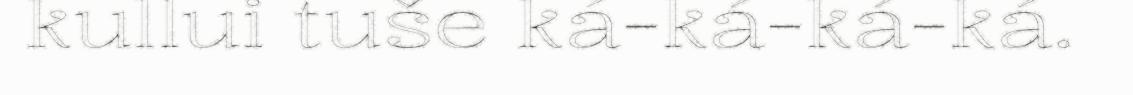
kullui tuše ká-ká-ká-ká.